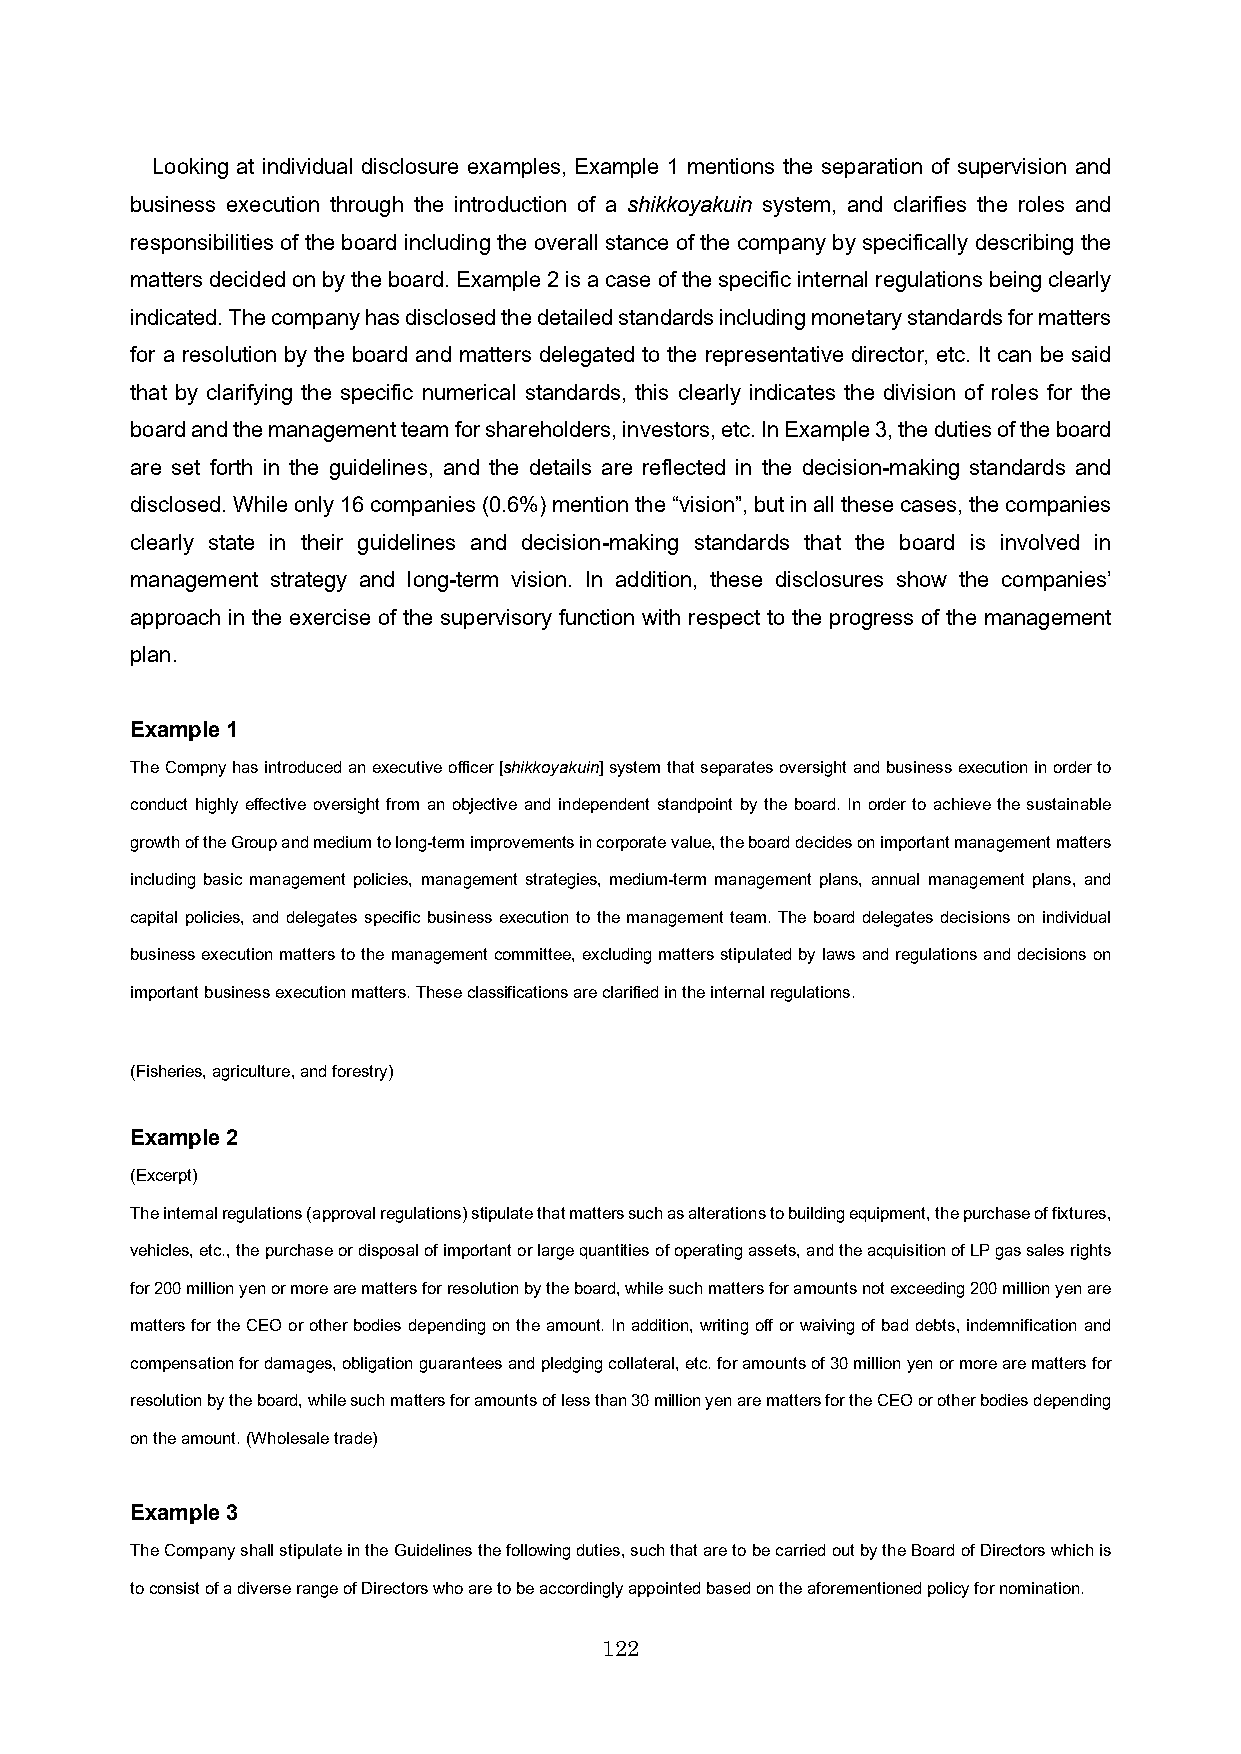
Looking at individual disclosure examples, Example 1 mentions the separation of supervision and
 business execution through the introduction of a shikkoyakuin system, and clarifies the roles and
 responsibilities of the board including the overall stance of the company by specifically describing the
 matters decided on by the board. Example 2 is a case of the specific internal regulations being clearly
 indicated. The company has disclosed the detailed standards including monetary standards for matters
 for a resolution by the board and matters delegated to the representative director, etc. It can be said
 that by clarifying the specific numerical standards, this clearly indicates the division of roles for the
 board and the management team for shareholders, investors, etc. In Example 3, the duties of the board
 are set forth in the guidelines, and the details are reflected in the decision-making standards and
 disclosed. While only 16 companies (0.6%) mention the “vision”, but in all these cases, the companies
 clearly state in their guidelines and decision-making standards that the board is involved in
 management strategy and long-term vision. In addition, these disclosures show the companies’
 approach in the exercise of the supervisory function with respect to the progress of the management
 plan.
 Example 1
 The Compny has introduced an executive officer [shikkoyakuin] system that separates oversight and business execution in order to
 conduct highly effective oversight from an objective and independent standpoint by the board. In order to achieve the sustainable
 growth of the Group and medium to long-term improvements in corporate value, the board decides on important management matters
 including basic management policies, management strategies, medium-term management plans, annual management plans, and
 capital policies, and delegates specific business execution to the management team. The board delegates decisions on individual
 business execution matters to the management committee, excluding matters stipulated by laws and regulations and decisions on
 important business execution matters. These classifications are clarified in the internal regulations.
 (Fisheries, agriculture, and forestry)
 Example 2
 (Excerpt)
 The internal regulations (approval regulations) stipulate that matters such as alterations to building equipment, the purchase of fixtures,
 vehicles, etc., the purchase or disposal of important or large quantities of operating assets, and the acquisition of LP gas sales rights
 for 200 million yen or more are matters for resolution bythe board, while such matters for amounts not exceeding 200 million yen are
 matters for the CEO or other bodies depending on the amount. In addition, writing off or waiving of bad debts, indemnification and
 compensation for damages, obligation guarantees and pledging collateral, etc. for amounts of 30 million yen or more are matters for
 resolution by the board, while such matters for amounts of less than 30 million yen are matters for the CEO or other bodies depending
 on the amount. (Wholesale trade)
 Example 3
 The Company shall stipulate in the Guidelines the following duties, such that are to be carried out by the Board of Directorswhich is
 to consist of a diverse range of Directors who are to be accordingly appointed based on the aforementioned policy for nomination.
 122